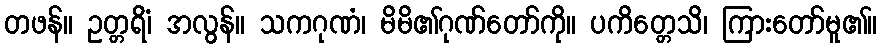
တဖန်။ ဥတ္တရိံ၊ အလွန်။ သကဂုဏံ၊ မိမိ၏ဂုဏ်တော်ကို။ ပကိတ္တေသိ၊ ကြားတော်မူ၏။